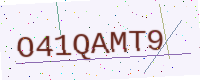
Text: O41QAMT9